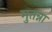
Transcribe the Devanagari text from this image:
मुतन्ना